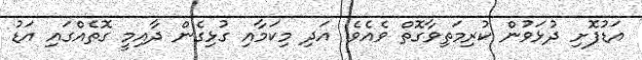
އަޑުފޮށި ދުޅަވުން ކުރިމަތިވާގޮތް ވެއެވެ. އަދި މިކަމާއި ގުޅިގެން ދާއިމީ ގޮތެއްގައި އަޑު